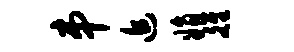
串追娟雒